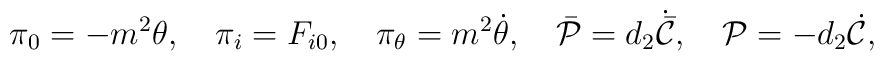
\pi_0=-m^{2}\theta,~~~\pi_i=F_{i0},~~~\pi_{\theta}=m^{2}\dot{\theta},~~~\bar{\cal P}=d_{2}\dot{\bar{\cal C}},~~~{\cal P}=-d_{2}\dot{\cal C},